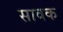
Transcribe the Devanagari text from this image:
सावक